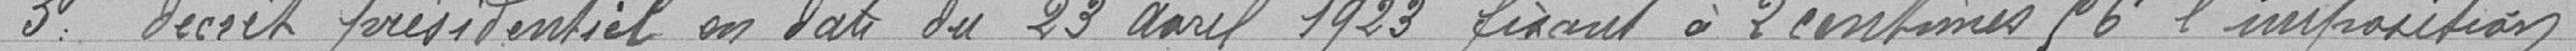
3° Décret présidentiel en date du 23 avril 1923 fixant à 2 centimes 96 l'imposition